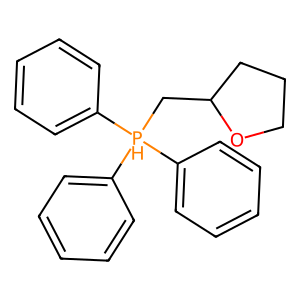
SMILES: c1ccc([PH](CC2CCCO2)(c2ccccc2)c2ccccc2)cc1
Inhibits HIV replication: No